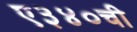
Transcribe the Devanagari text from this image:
ए३४०ची